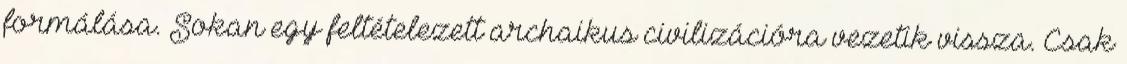
formálása. Sokan egy feltételezett archaikus civilizációra vezetik vissza. Csak